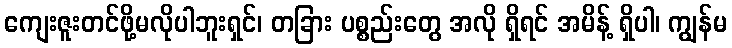
ကျေးဇူးတင်ဖို့မလိုပါဘူးရှင်၊ တခြား ပစ္စည်းတွေ အလို ရှိရင် အမိန့် ရှိပါ၊ ကျွန်မ